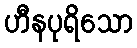
ဟီနပုရိသော